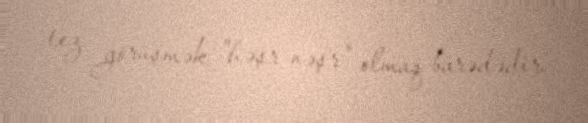
tez görüşmək "həşr-nəşr" olmaq barədədir.